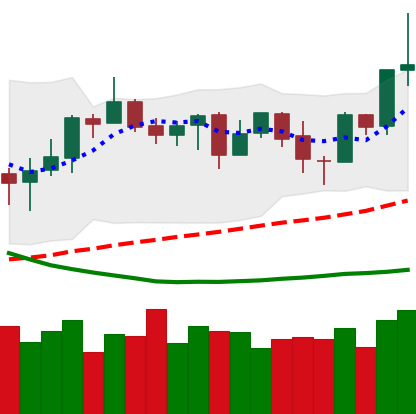
Ticker: NEO-USD
Chart end date: 2019-03-30
Forward return: 30.253%
Label: up_7plus